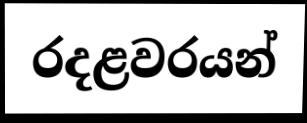
රදළවරයන්